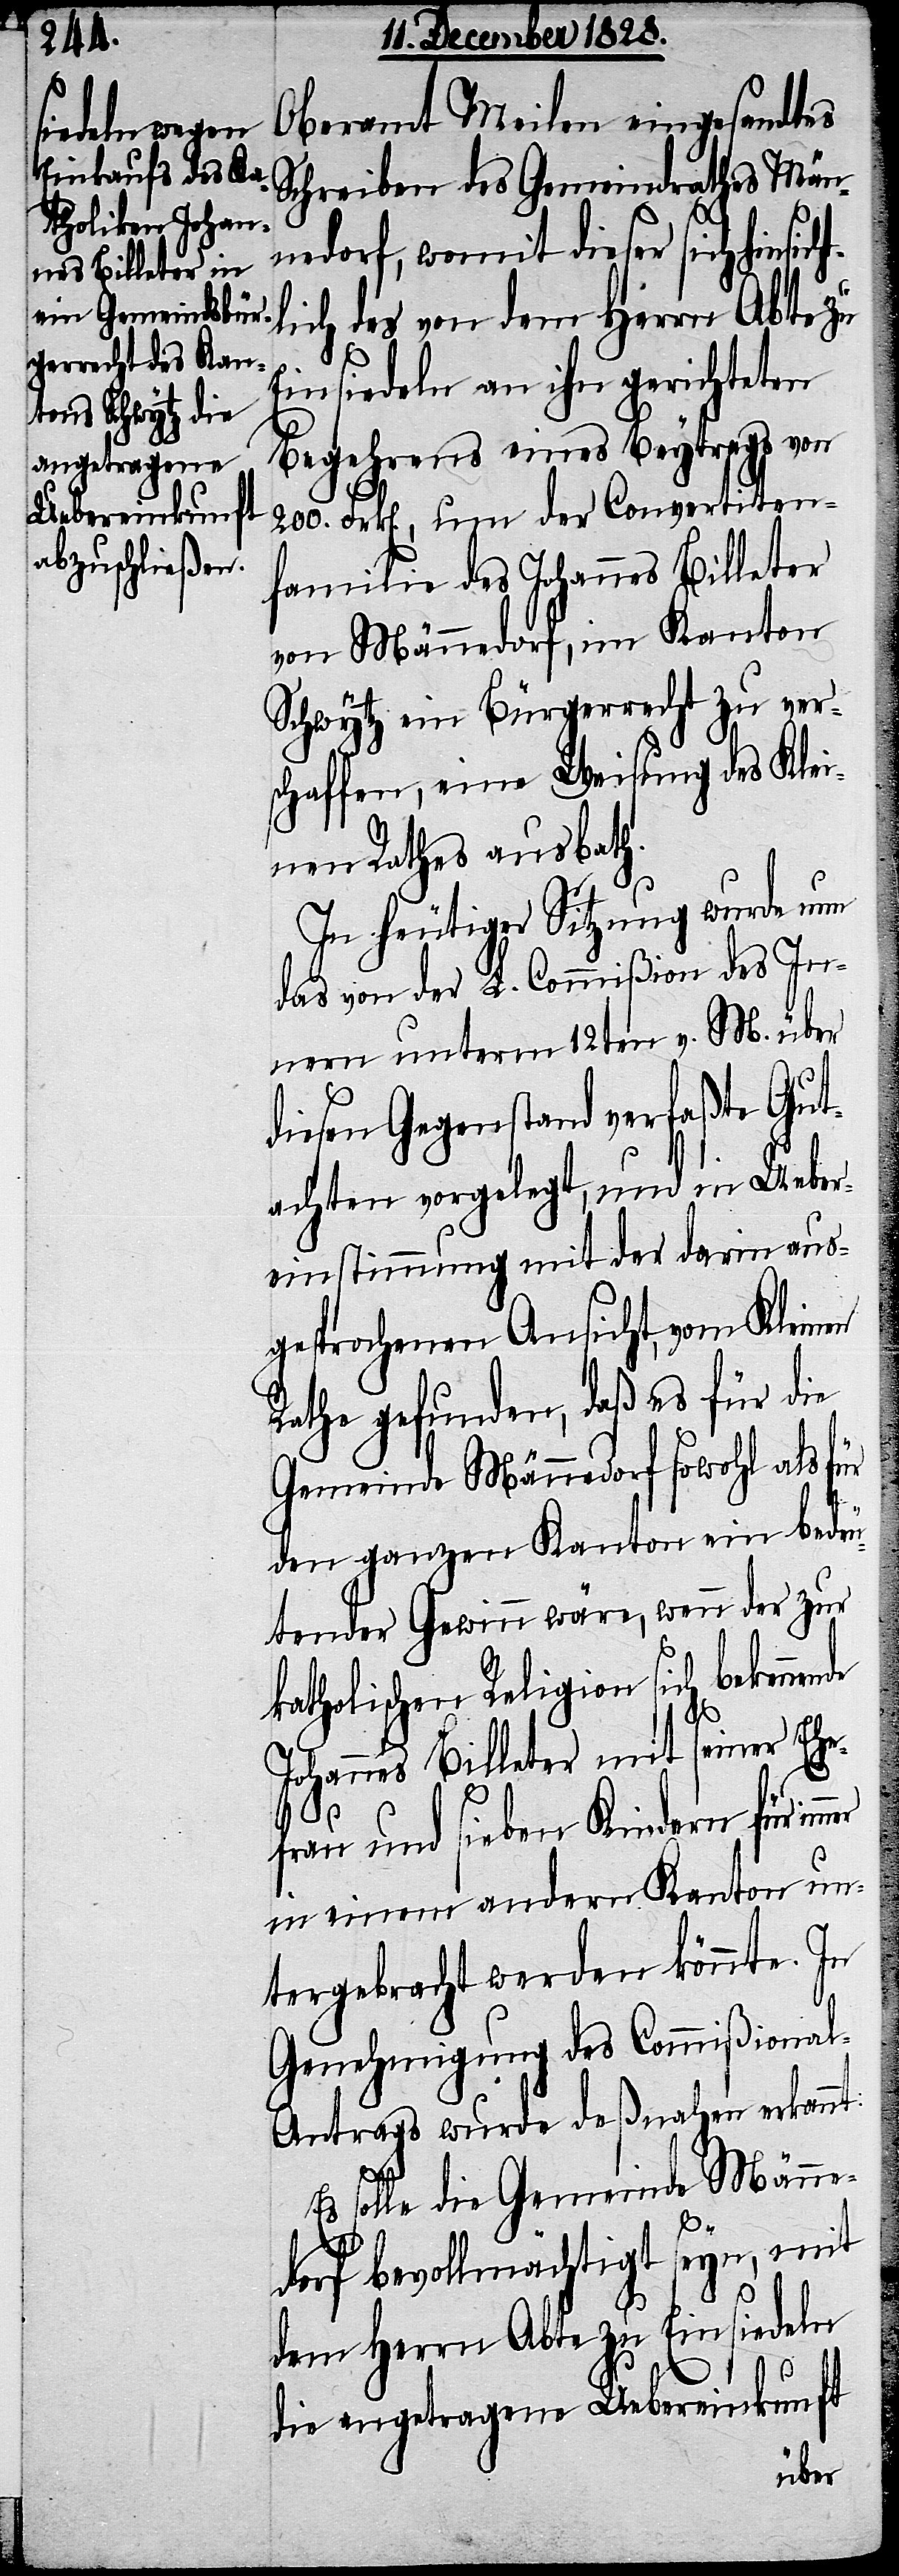
Oberamt Meilen eingesandtes
Schreiben des Gemeindrathes Män¬
nedorf, womit dieser sich hinsich¬
lich des von dem Herrn Abte zu
Einsiedeln an ihn gerichteten
Begehrens eines Beytrags von
200. Frk[en]., um der Convertiten¬
familie des Johannes Billeter
von Männedorf, im Kanton
Schwytz ein Bürgerrecht zu ver¬
schaffen, eine Weisung des Klei¬
nen Rathes ausbath.
In heutiger Sitzung wurde nun
das von der L. Commißion des In¬
nern unterm 12ten v. M. über
diesen Gegenstand verfaßte Gut¬
achten vorgelegt, und in Ueber¬
einstimmung mit der darin aus¬
gesprochenen Ansicht, vom Kleinen
Rathe gefunden, daß es für die
Gemeinde Männedorf sowohl als für
den ganzen Kanton ein bedeu¬
tender Gewinn wäre, wenn der zur
katholischen Religion sich bekenne¬
Johannes Billeter mit seiner Ehe¬
frau und sieben Kindern für im¬
in einem andern Kanton un¬
tergebracht werden könnte. In
Genehmigung des Commißiona¬
l-Antrags wurde deßnahen erkannt:
solle die Gemeinde Männe¬
t¬
dorf bevollmächtigt seyn, mit
dem Herrn Abte zu Einsiedeln
mer
die angetragene Uebereinkunft